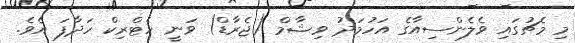
މި މެޗުގައި ވެލެންސިއާގެ އަހުމަދު ވިޝާމް (ޖެރާޑް) ވަނީ ހެޓްރިކް ހަދާފަ އެވެ.